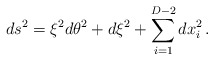
\begin{align*}ds^2=\xi^2 d\theta^2+d\xi^2+\sum_{i=1}^{D-2} dx_i^2\,.\end{align*}